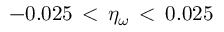
- 0 . 0 2 5 \, < \, \eta _ { \omega } \, < \, 0 . 0 2 5